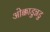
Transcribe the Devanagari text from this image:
ओक्काडुन्नडु